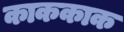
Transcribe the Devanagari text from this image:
काककाक